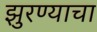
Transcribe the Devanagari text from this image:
झुरण्याचा